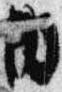
内